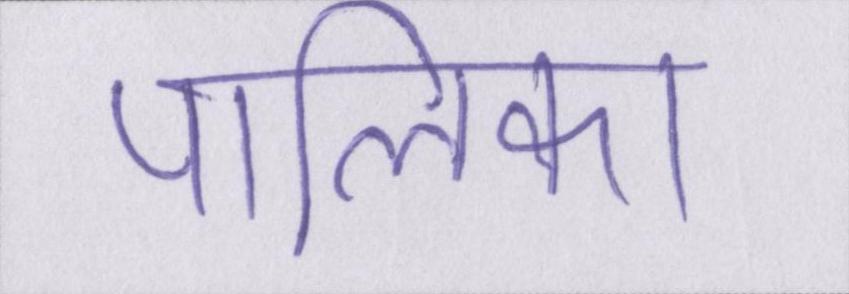
पालिका